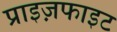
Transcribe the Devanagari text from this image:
प्राइज़फाइट